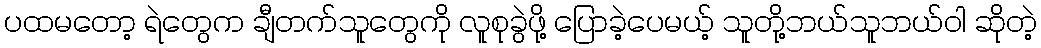
ပထမတော့ ရဲတွေက ချီတက်သူတွေကို လူစုခွဲဖို့ ပြောခဲ့ပေမယ့် သူတို့ဘယ်သူဘယ်ဝါ ဆိုတဲ့